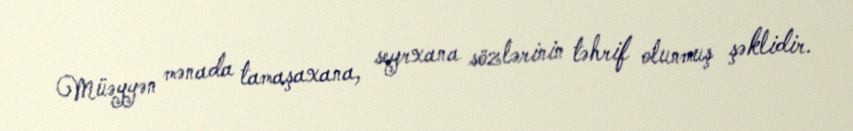
Müəyyən mənada tamaşaxana, seyrxana sözlərinin təhrif olunmuş şəklidir.